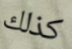
كذلك